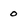
Character: 0